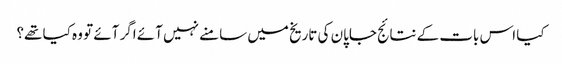
کیا اس بات کے نتائج جاپان کی تاریخ میں سامنے نہیں آئے اگر آئے تو وہ کیا تھے؟